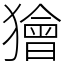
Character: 獪